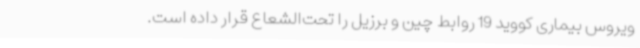
ویروس بیماری کووید 19 روابط چین و برزیل را تحت‌الشعاع قرار داده است.